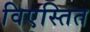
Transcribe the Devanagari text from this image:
विएस्तित